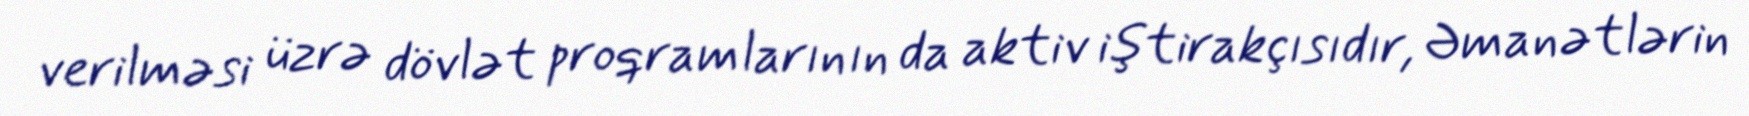
verilməsi üzrə dövlət proqramlarının da aktiv iştirakçısıdır, Əmanətlərin